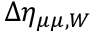
\Delta \eta _ { \mu \mu , W }